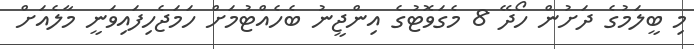
މި ބީލަމުގެ ދަށުން ހޯދޭ 8 މެގަވޮޓުގެ އިންޖީނު ބެހެއްޓުމަށް ހަމަޖެހިފައިވަނީ މާލެއަށް